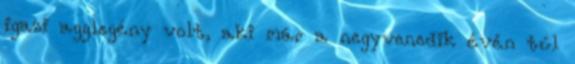
igazi agglegény volt, aki már a negyvenedik évén túl